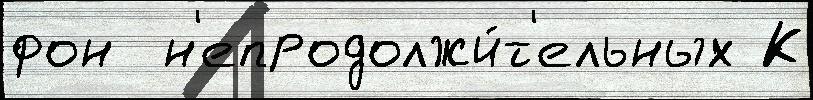
фон  н'епродолжи́т'ельных К